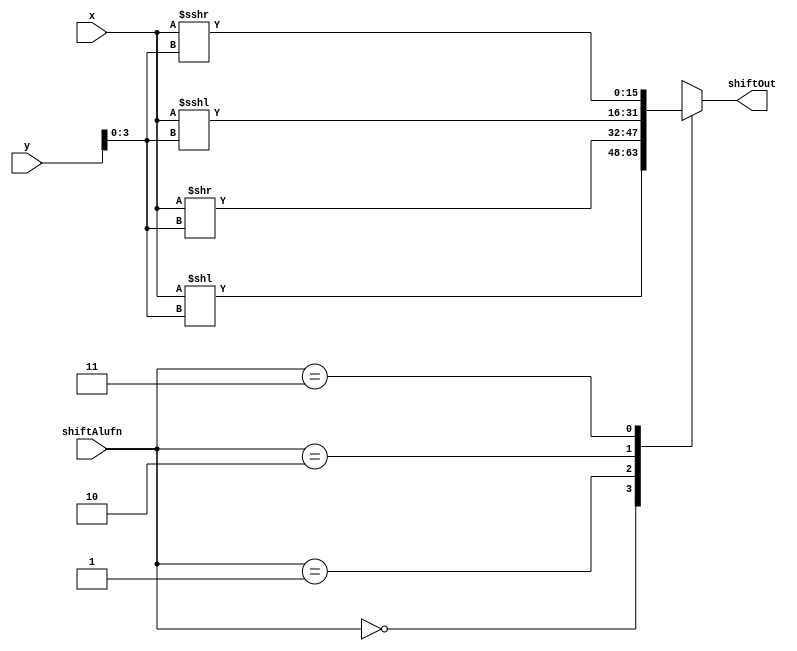
module shift_16_14 (
    input [15:0] x,
    input [15:0] y,
    input [1:0] shiftAlufn,
    output reg [15:0] shiftOut
  );
  
  
  
  reg [15:0] temp;
  
  always @* begin
    
    case (shiftAlufn)
      2'h0: begin
        temp = x << y[0+3-:4];
      end
      2'h1: begin
        temp = x >> y[0+3-:4];
      end
      2'h2: begin
        temp = $signed(x) <<< y[0+3-:4];
      end
      2'h3: begin
        temp = $signed(x) >>> y[0+3-:4];
      end
      default: begin
        temp = 16'h0000;
      end
    endcase
    shiftOut = temp;
  end
endmodule